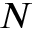
N